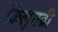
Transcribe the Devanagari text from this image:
किलुगढी